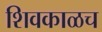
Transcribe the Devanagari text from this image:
शिवकाळच